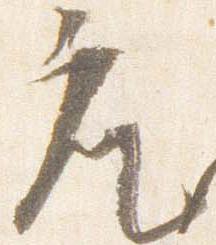
座